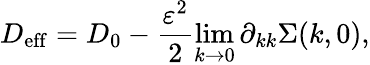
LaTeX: D_{\mathrm{eff}}=D_{0}-\frac{\varepsilon^{2}}{2}\operatorname*{lim}_{k\rightarrow 0}\partial_{kk}\Sigma(k,0),